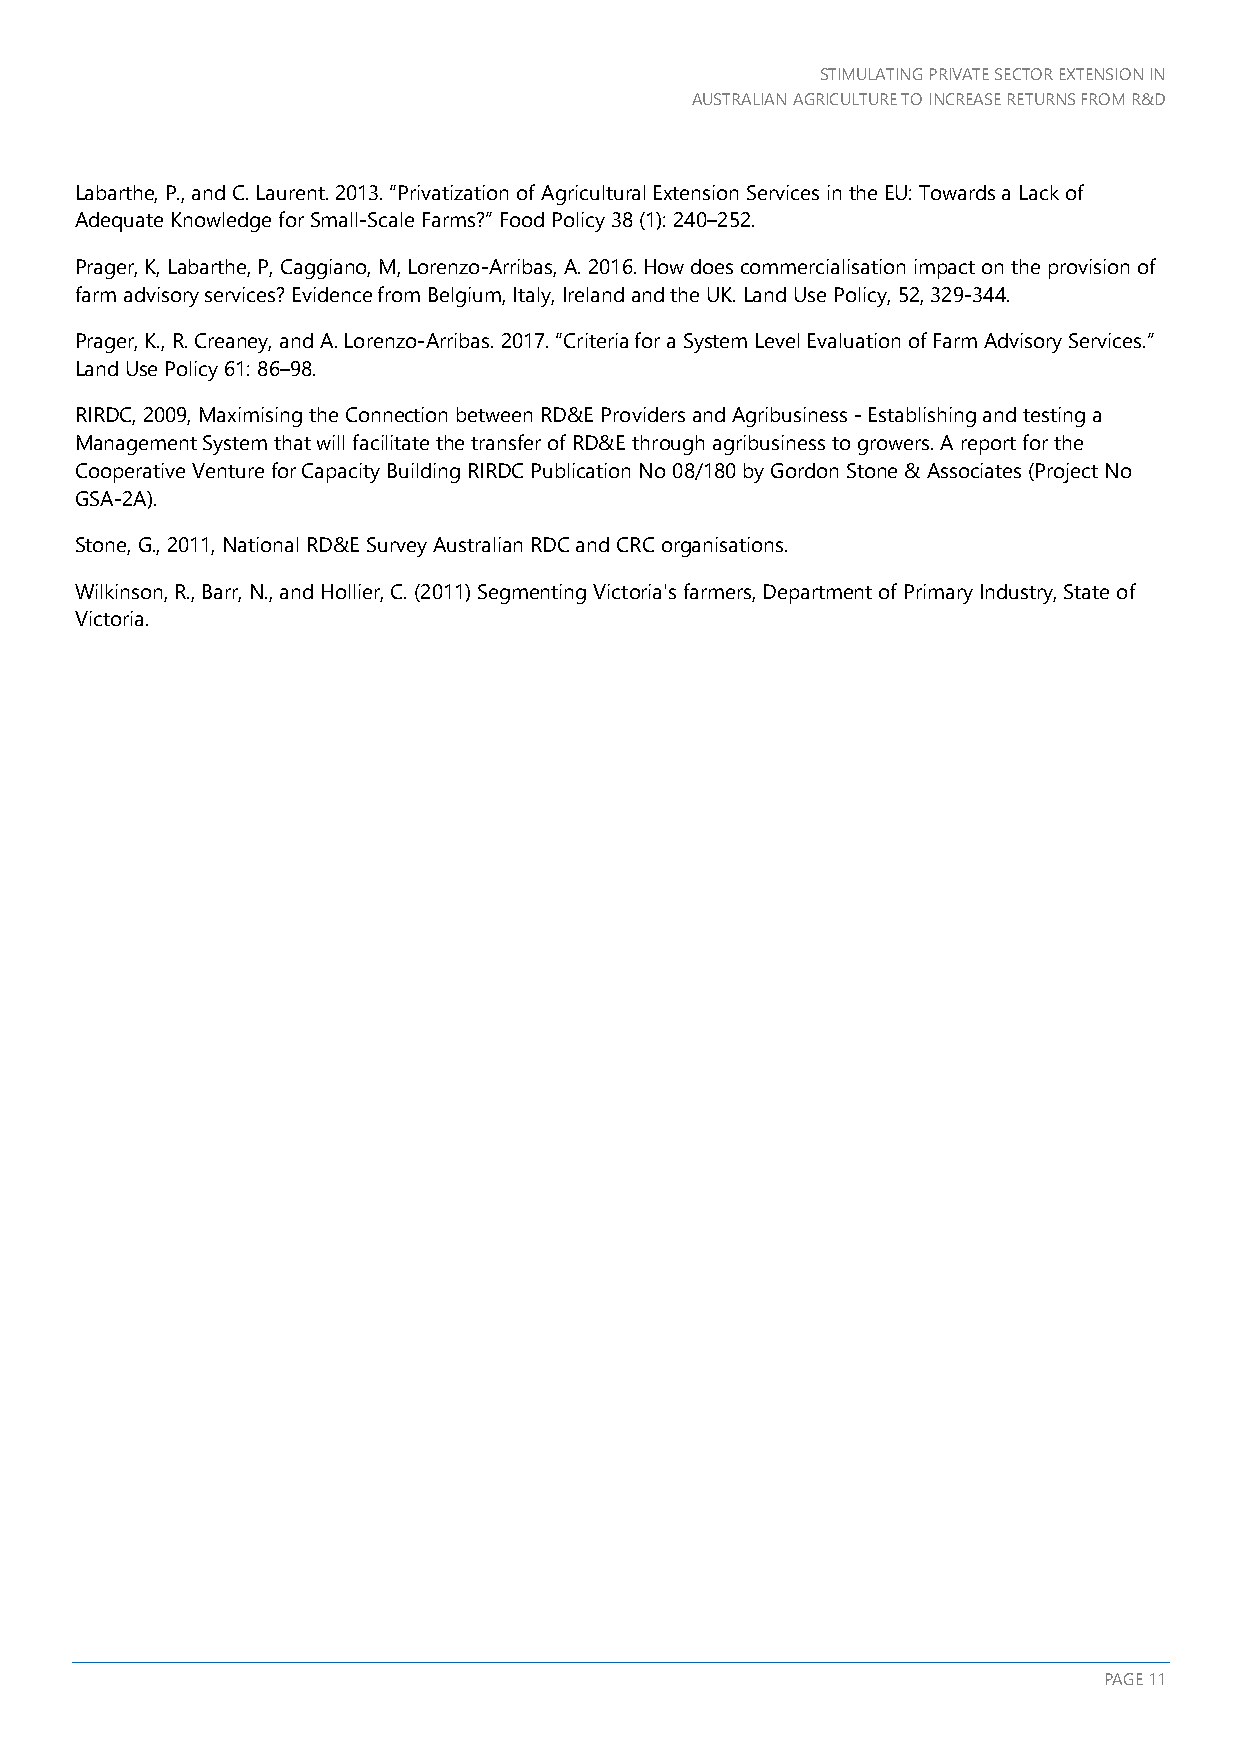
STIMULATING PRIVATE SECTOR EXTENSION IN
 AUSTRALIAN AGRICULTURE TO INCREASE RETURNS FROM R&D
 Labarthe, P., and C. Laurent. 2013. “Privatization of Agricultural Extension Services in the EU: Towards a Lack of
 Adequate Knowledge for Small-Scale Farms?” Food Policy 38 (1): 240–252.
 Prager, K, Labarthe, P, Caggiano, M, Lorenzo-Arribas, A. 2016. How does commercialisation impact on the provision of
 farm advisory services? Evidence from Belgium, Italy, Ireland and the UK. Land Use Policy, 52, 329-344.
 Prager, K., R. Creaney, and A. Lorenzo-Arribas. 2017. “Criteria for a System Level Evaluation of Farm Advisory Services.”
 Land Use Policy 61: 86–98.
 RIRDC, 2009, Maximising the Connection between RD&E Providers and Agribusiness - Establishing and testing a
 Management System that will facilitate the transfer of RD&E through agribusiness to growers. A report for the
 Cooperative Venture for Capacity Building RIRDC Publication No 08/180 by Gordon Stone & Associates (Project No
 GSA-2A).
 Stone, G., 2011, National RD&E Survey Australian RDC and CRC organisations.
 Wilkinson, R., Barr, N., and Hollier, C. (2011) Segmenting Victoria's farmers, Department of Primary Industry, State of
 Victoria.
 PAGE 11